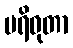
ပရိဝုတာ